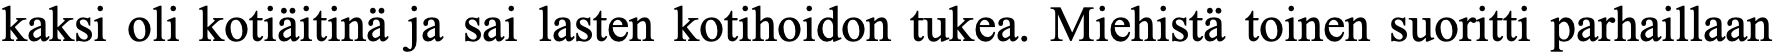
kaksi oli kotiäitinä ja sai lasten kotihoidon tukea. Miehistä toinen suoritti parhaillaan